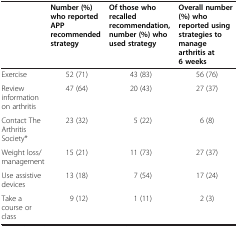
|  | Number (%) who reported APP recommended strategy | Of those who recalled recommendation, number (%) who used strategy | Overall number (%) who reported using strategies to manage arthritis at 6 weeks |
 | --- | --- | --- | --- |
 | Exercise | 52 (71) | 43 (83) | 56 (76) |
 | Review information on arthritis | 47 (64) | 20 (43) | 27 (37) |
 | Contact The Arthritis Society* | 23 (32) | 5 (22) | 6 (8) |
 | Weight loss/management | 15 (21) | 11 (73) | 27 (37) |
 | Use assistive devices | 13 (18) | 7 (54) | 17 (24) |
 | Take a course or class | 9 (12) | 1 (11) | 2 (3) |